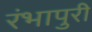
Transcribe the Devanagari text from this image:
रंभापुरी